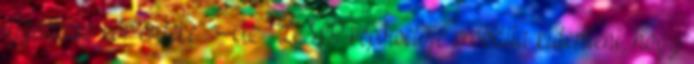
újgazdag kör érdeke”. Az LMP képviselője próbálta kideríteni, hogy